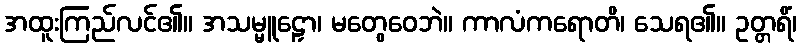
အထူးကြည်လင်၏။ အသမ္မူဠှော၊ မတွေဝေဘဲ။ ကာလံကရောတိ၊ သေရ၏။ ဥတ္တရိံ၊